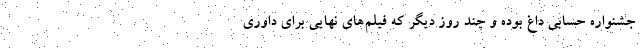
جشنواره حسابی داغ بوده و چند روز دیگر که فیلم‌های نهایی برای داوری